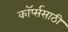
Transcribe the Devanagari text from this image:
कॉर्प्ससाठी